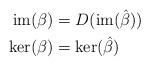
LaTeX: \begin{align*} \operatorname{im}(\beta)&=D(\operatorname{im}(\hat{\beta})) \\\operatorname{ker}(\beta)&=\operatorname{ker}(\hat{\beta})\end{align*}